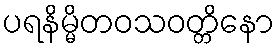
ပရနိမ္မိတဝသဝတ္တိနော